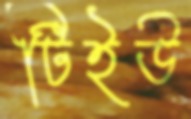
টিইউ